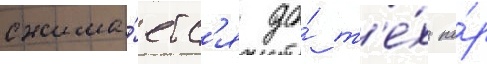
сжима́етс'я до́ т'е́х по́р